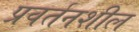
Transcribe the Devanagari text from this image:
प्रवर्तनशील